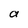
Character: a